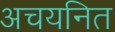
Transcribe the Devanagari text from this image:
अचयनित